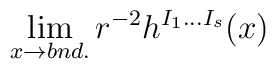
\lim_{x\to bnd.}r^{-2}h^{I_1\ldots I_s}(x)